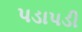
પડાપડી